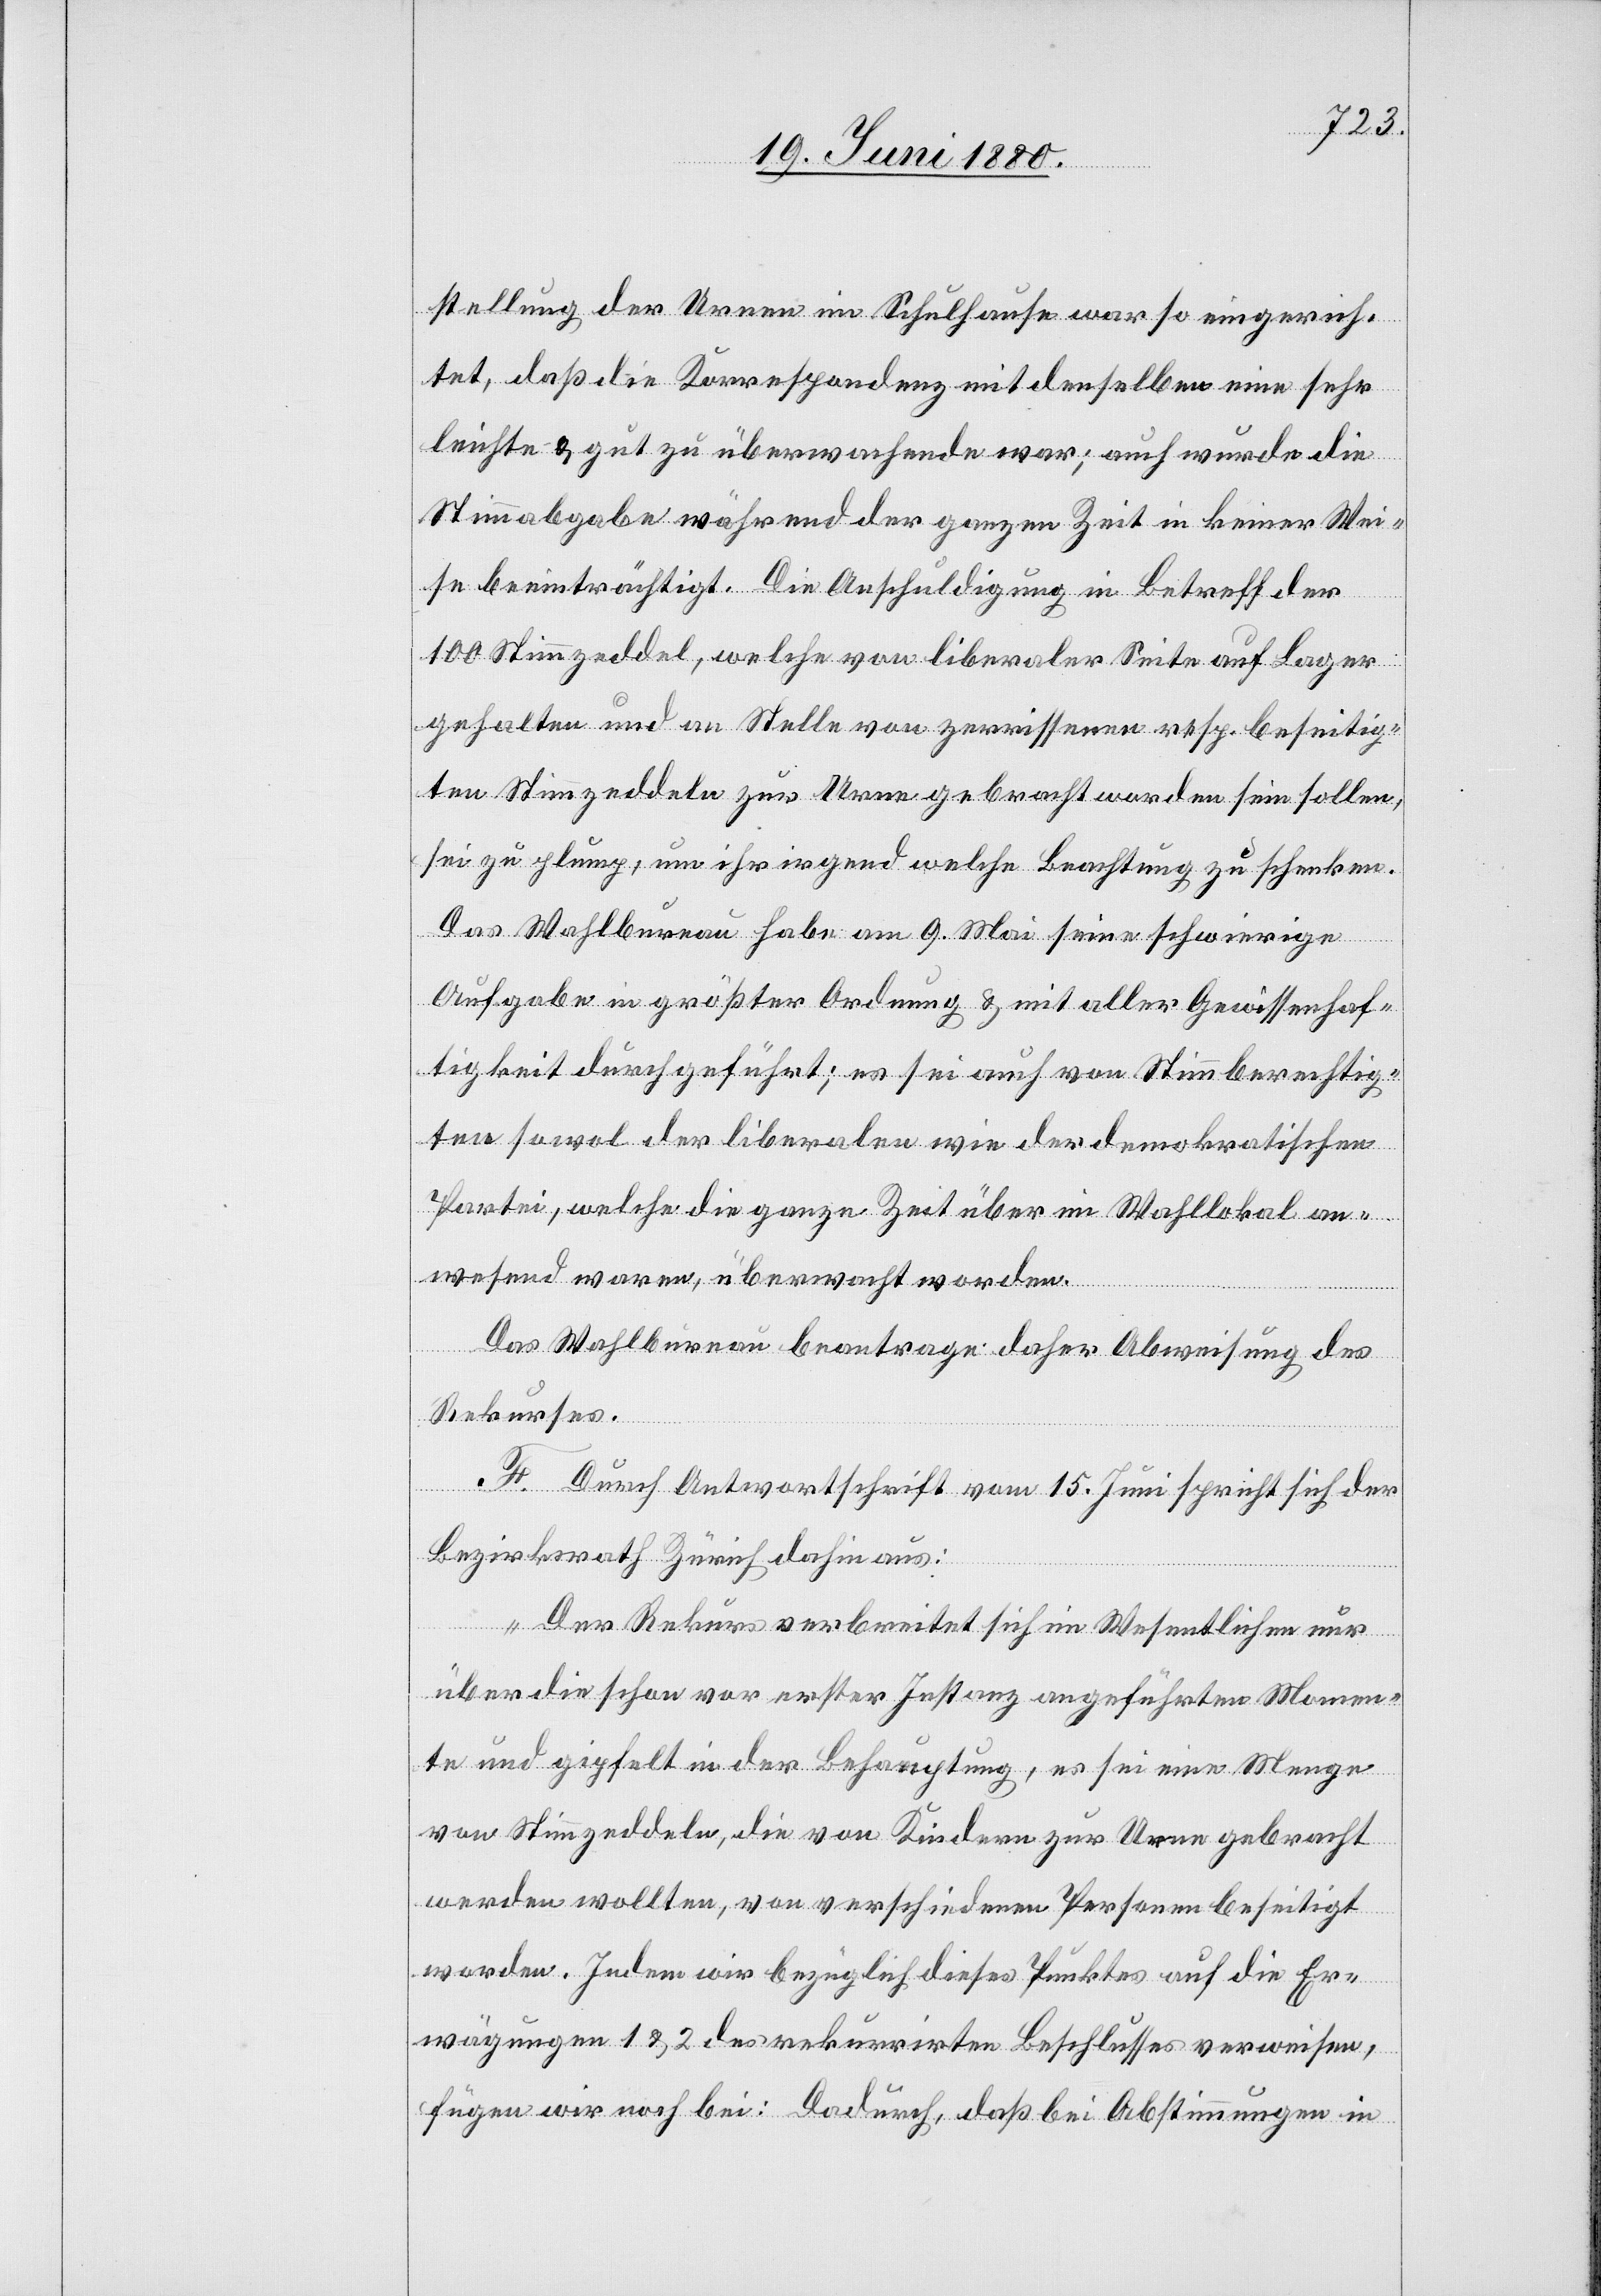
stellung der Urnen im Schulhause war so eingerich¬
tet, daß die Korrespondenz mit denselben eine sehr
leichte & gut zu überwachende war; auch wurde die
Stimmabgabe während der ganzen Zeit in keiner Wei¬
se beeinträchtigt. Die Anschuldigung in Betreff der
100 Stimmzeddel, welche von liberaler Seite auf Lager
gehalten und an Stelle von zerrissenen resp. beseitig¬
ten Stimmzeddeln zur Urne gebracht worden sein sollen,
sei zu plump, im ihr irgend welche Beachtung zu schenken.
Das Wahlbureau habe am 9. Mai seine schwierige
Aufgabe in größter Ordnung & mit aller Gewissenhaf¬
tigkeit durchgeführt; es sei auch von Stimmberechtig¬
ten sowol der liberalen wie der demokratischen
Partei, welche die ganze Zeit über im Wahllokal an¬
wesend waren, überwacht worden.
Das Wahlbureau beantrage daher Abweisung des
Rekurses.
F. Durch Antwortschrift vom 15. Juni spricht sich der
Bezirksrath Zürich dahin aus:
„Der Rekurs verbreitet sich im Wesentlichen nur
über die schon vor erster Instanz angeführten Momen¬
te und gipfelt in der Behauptung, es sei eine Menge
von Stimmzeddeln, die von Kindern zur Urne gebracht
werden wollten, von verschiedenen Personen beseitigt
worden. Indem wir bezüglich dieses Punktes auf die Er¬
wägungen 1 & 2 des rekurrirten Beschlusses verweisen,
fügen wir noch bei: Dadurch, daß bei Abstimmungen in